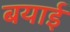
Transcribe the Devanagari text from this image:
बयाई